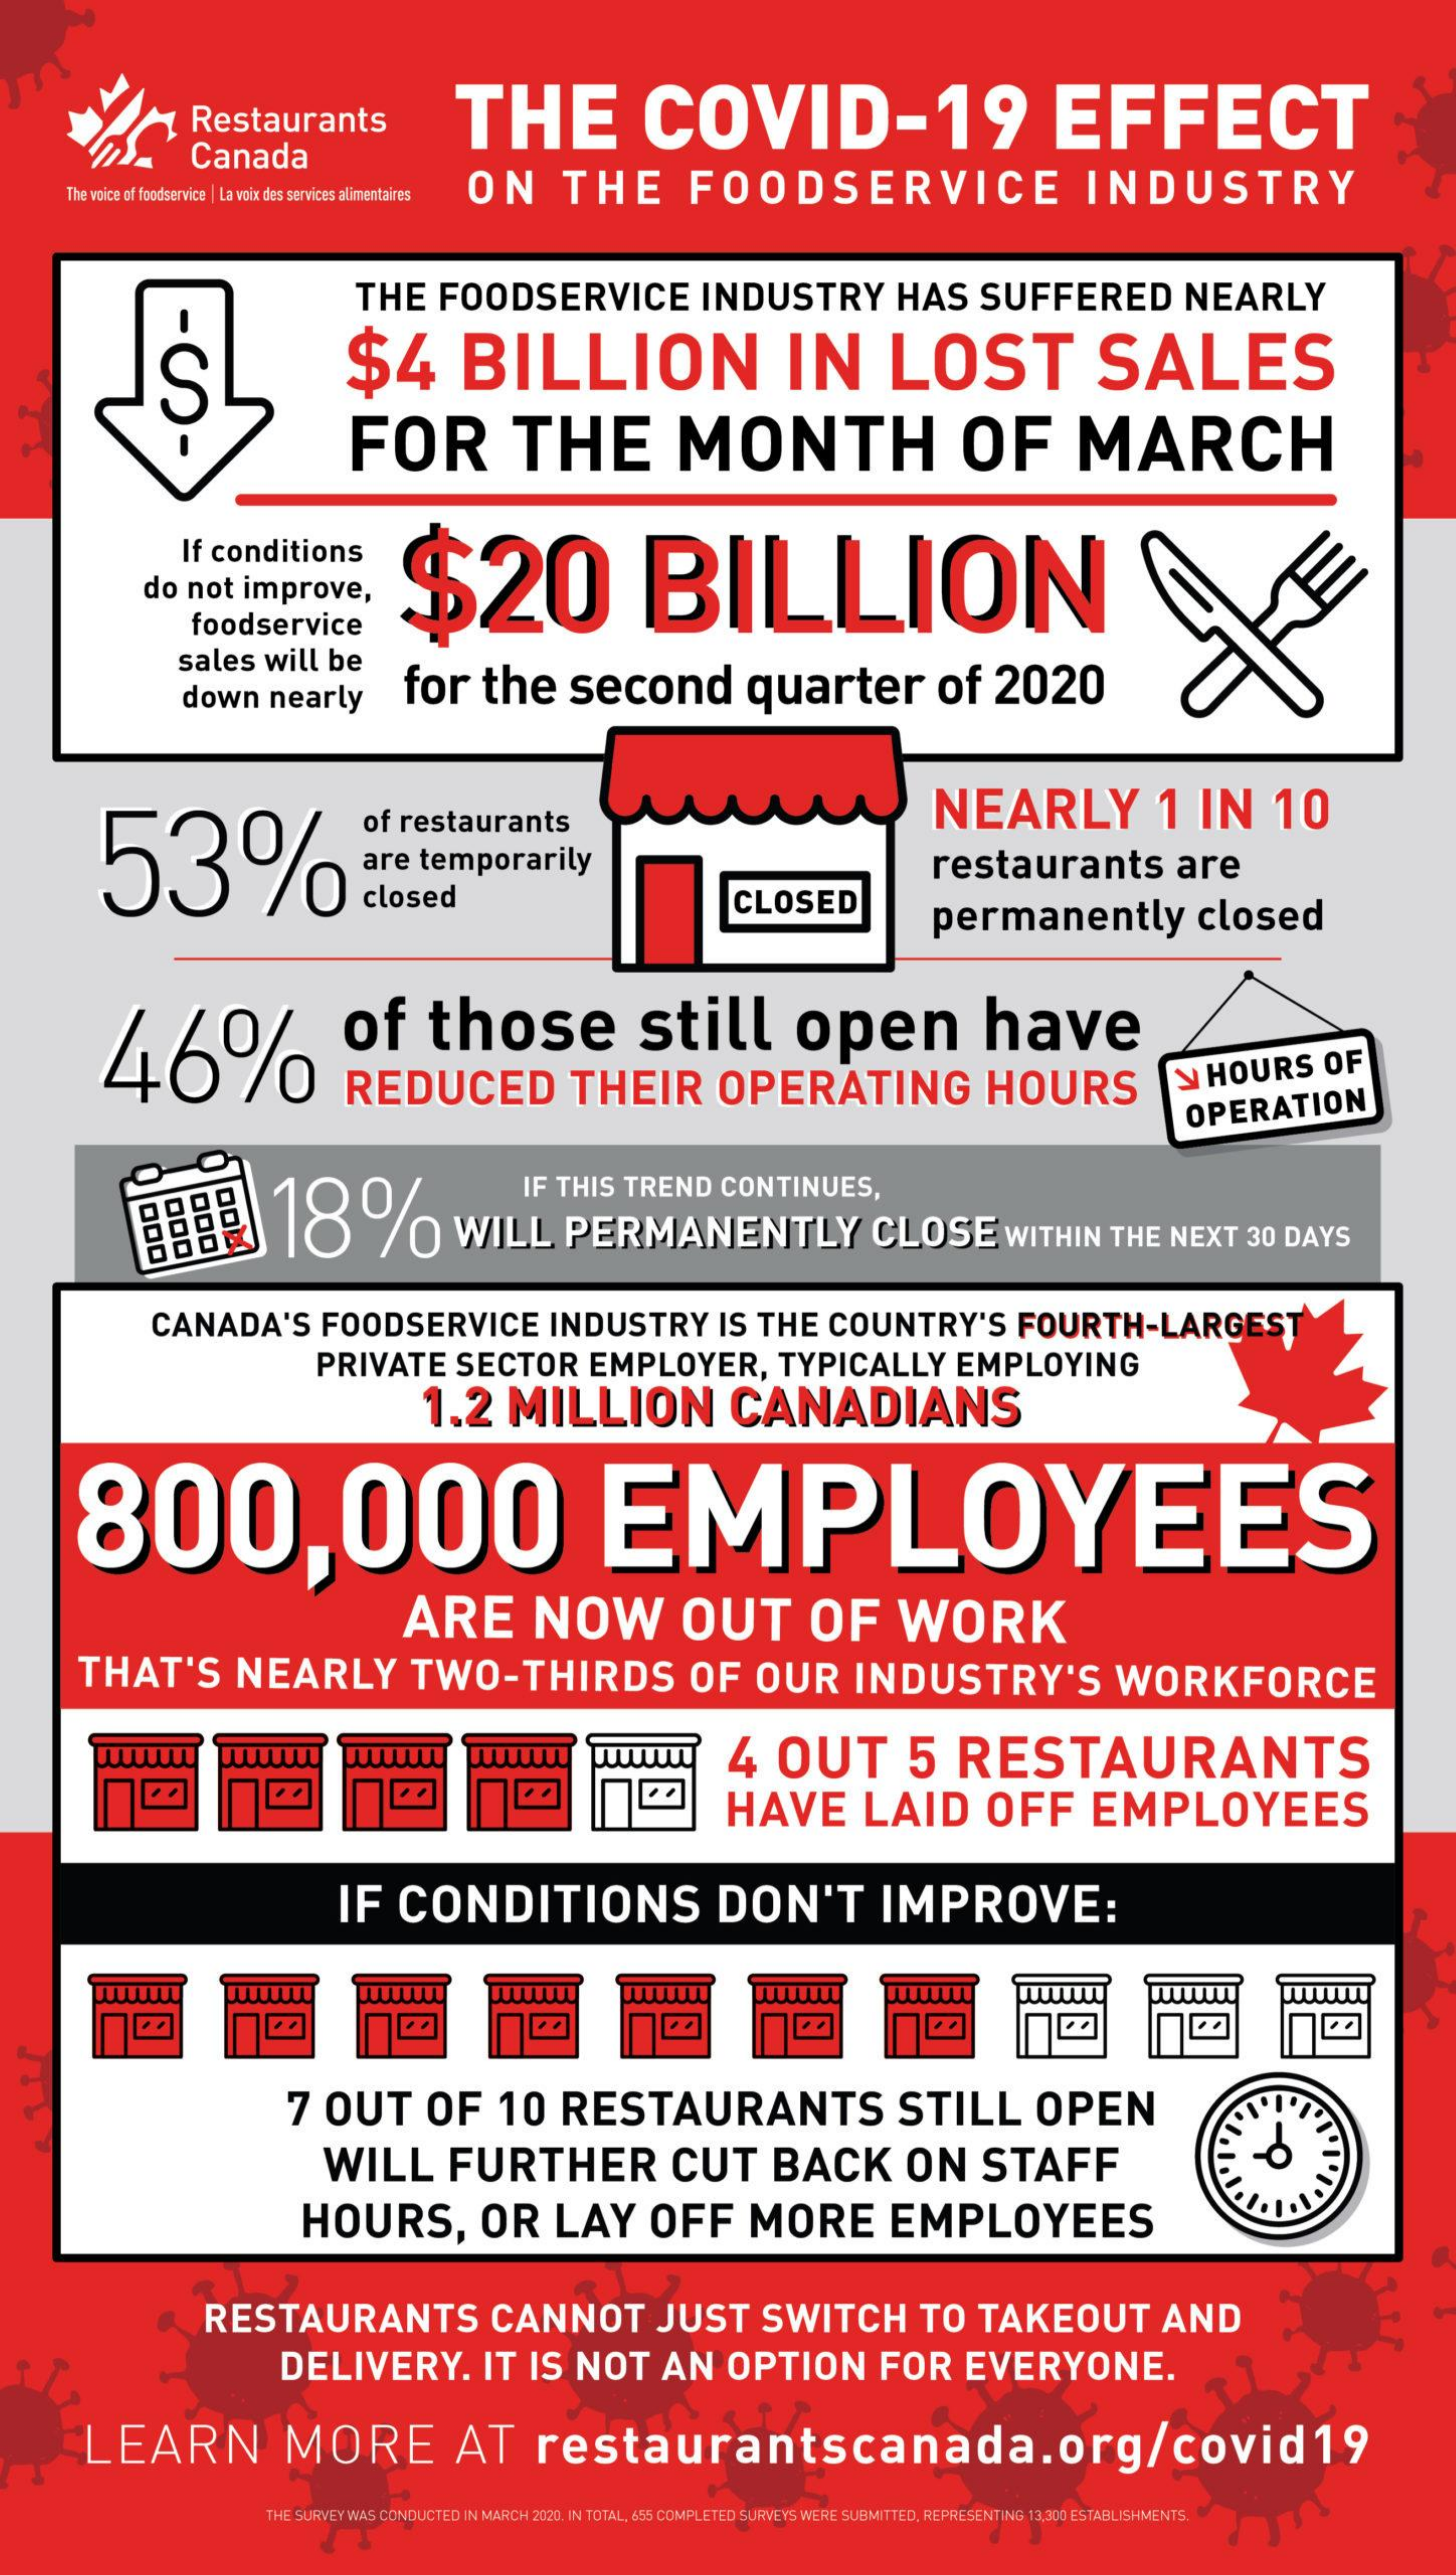
Restaurants    THE    COVID-19    EFFECT
     Canada
     The voice of foodservice | La voix des services alimentaires ON THE    FOODSERVICE    INDUSTRY
     THE    FOODSERVICE    INDUSTRY    HAS    SUFFERED    NEARLY
     -0-    $4    BILLION    IN    LOST    SALES
     FOR    THE    MONTH    OF    MARCH
     If conditions
     $20    BILLION do not improve,
     foodservice
     sales    will    be
     down    nearly    for    the    second    quarter    of    2020
     53%
     of  restaurants    NEARLY    1   IN    10
     are   temporarily    restaurants    are
     closed    CLOSED    permanently    closed
     46%
     of    those    still    open    have
     REDUCED    THEIR    OPERATING    HOURS    y  HOURS    OF
     OPERATION
     8888
     IF  THIS    TREND    CONTINUES,
     18%    WILL    PERMANENTLY    CLOSE    WITHIN    THE   NEXT    30  DAYS
     CANADA'S    FOODSERVICE    INDUSTRY    IS   THE    COUNTRY'S    FOURTH-LARGEST
     PRIVATE    SECTOR    EMPLOYER,    TYPICALLY    EMPLOYING
     1.2    MILLION    CANADIANS
     800,000    EMPLOYEES
     ARE    NOW    OUT    OF    WORK
     THAT'S    NEARLY    TWO-THIRDS    OF    OUR    INDUSTRY'S    WORKFORCE
     4    OUT    5    RESTAURANTS
     HAVE    LAID    OFF    EMPLOYEES
     IF    CONDITIONS    DON'T    IMPROVE;
     7  OUT    OF    10    RESTAURANTS    STILL    OPEN
     WILL    FURTHER    CUT    BACK    ON    STAFF
     HOURS,    OR    LAY    OFF    MORE    EMPLOYEES
     RESTAURANTS    CANNOT    JUST    SWITCH    TO    TAKEOUT    AND
     DELIVERY.    IT   IS    NOT    AN    OPTION    FOR    EVERYONE.
     LEARN    MORE    AT    restaurantscanada.org/covid19
     THE SURVEY WAS CONDUCTED IN MARCH 2020. IN TOTAL, 655 COMPLETED SURVEYS WERE SUBMITTED, REPRESENTING 13,300 ESTABLISHMENTS.